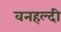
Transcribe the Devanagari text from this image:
वनहल्दी